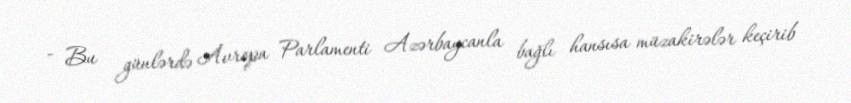
- Bu günlərdə Avropa Parlamenti Azərbaycanla bağlı hansısa müzakirələr keçirib